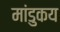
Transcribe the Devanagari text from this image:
मांडुकय